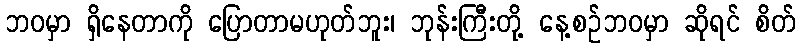
ဘဝမှာ ရှိနေတာကို ပြောတာမဟုတ်ဘူး၊ ဘုန်းကြီးတို့ နေ့စဉ်ဘဝမှာ ဆိုရင် စိတ်